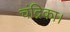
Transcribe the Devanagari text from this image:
चंद्रिका।